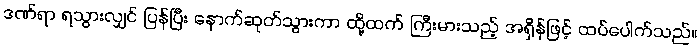
ဒဏ်ရာ ရသွားလျှင် ပြန်ပြီး နောက်ဆုတ်သွားကာ ထို့ထက် ကြီးမားသည့် အရှိန်ဖြင့် ထပ်ပေါက်သည်။